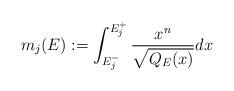
LaTeX: \begin{align*}m_{j}(E) := \int_{E_j^-}^{E_j^+} \frac{x^n}{\sqrt{Q_E(x)}}dx\end{align*}